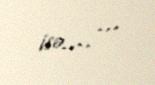
isə.... ...